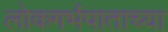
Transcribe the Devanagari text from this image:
लोकगर्भपाताच्या